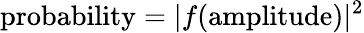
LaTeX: {\mathrm{probability}}=|f({\mathrm{amplitude}})|^{2}